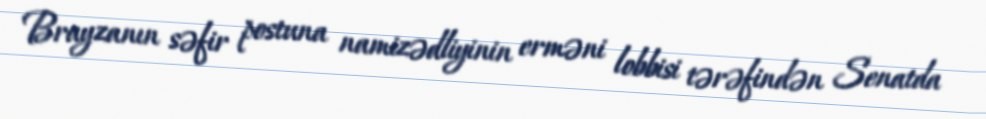
Brayzanın səfir postuna namizədliyinin erməni lobbisi tərəfindən Senatda